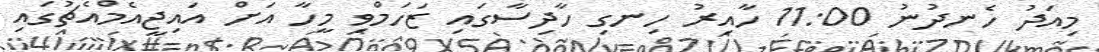
މިއަދު ހެނދުނު 11:00 ހާއިރު ހިނގި ހާދިސާގައި ޒަހަމްވި މީހާ އަަށް އައިޖީއެމްއެޗުގައި